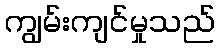
ကျွမ်းကျင်မှုသည်